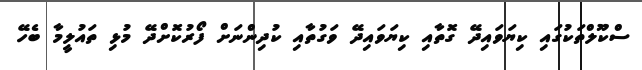
ސްކޫލްތަކުގައި ކިޔަވައިދޭ ގޮތާއި ކިޔަވައިދޭ ވަގުތާއި ކުދިންނަށް ފޯރުކޮށްދޭ މުޅި ތައުލީމާ ބެހޭ